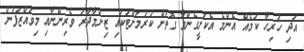
އަދި ހުރިހާ ކަމެއް އެންމެ އެކަށީގެންވާ ގޮތަށް ކުރުމަށްޓަކައި ޒިންމާދާރު ވެރިންނާއި މިވައްޒަފުން